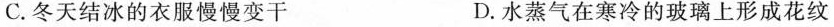
C.冬天结冰的衣服慢慢变干 D.水蒸气在寒冷的玻璃上形成花纹